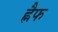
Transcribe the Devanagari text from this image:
ह्नैफ